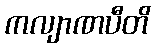
ကလျာဏပီတိ